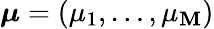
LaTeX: \boldsymbol{\mu}=(\mu_{1},\ldots,\mu_{\mathbf{M}})